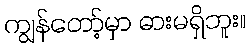
ကျွန်တော့်မှာ ဓားမရှိဘူး။